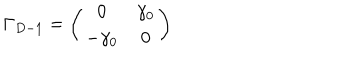
\Gamma _ { D - 1 } = \left( \begin{array} { c c } { { 0 } } & { { \gamma _ { 0 } } } \\ { { - \gamma _ { 0 } } } & { { 0 } } \\ \end{array} \right)